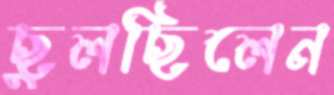
ছুলছিলেন